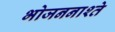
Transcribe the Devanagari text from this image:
भोजननाश्ते